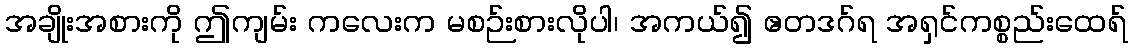
အချိုးအစားကို ဤကျမ်း ကလေးက မစဉ်းစားလိုပါ၊ အကယ်၍ ဧတဒဂ်ရ အရှင်ကစ္စည်းထေရ်